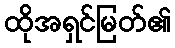
ထိုအရှင်မြတ်၏